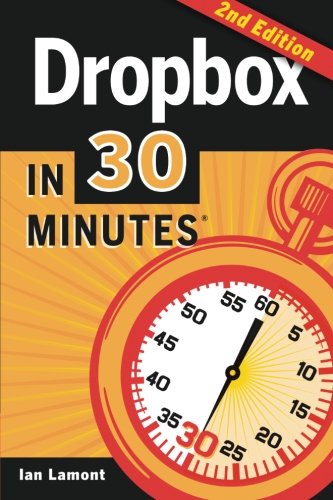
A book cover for Dropbox In 30 Minutes (2nd Edition): The Beginner's Guide To Dropbox Backup, Syncing, And Sharing; Ian Lamont; Computers & Technology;